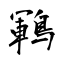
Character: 鶤